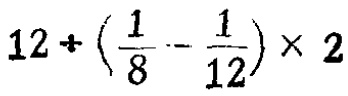
$12\div\left(\frac{1}{8}-\frac{1}{12}\right)\times 2$